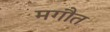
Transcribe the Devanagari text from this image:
मगौत